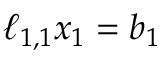
\ell _ { 1 , 1 } x _ { 1 } = b _ { 1 }